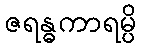
ဇရန္ဓကာရမ္ပိ